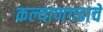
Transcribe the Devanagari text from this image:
कल्याणगडाचे